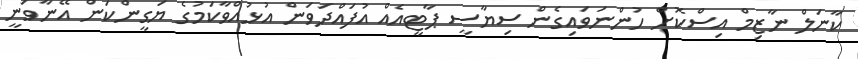
ކާނަލް ނާޒިމް އިސްކޮށް ހުންނަވައިގެން ސިޔާސީ ޕާޓީއެއް އުފައްދަވަން އުޅުއްވާކަމުގެ ޔަގީންކަން އޭނާވަނީ